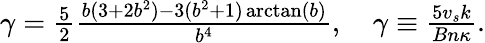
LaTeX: \begin{array}{r}{\gamma=\frac{5}{2}\frac{b(3+2b^{2})-3(b^{2}+1)\arctan(b)}{b^{4}},\quad\gamma\equiv\frac{5v_{s}k}{Bn\kappa}.}\end{array}